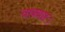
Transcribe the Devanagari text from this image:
चाक्यार।